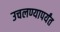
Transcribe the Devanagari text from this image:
उचलण्यापर्यंत